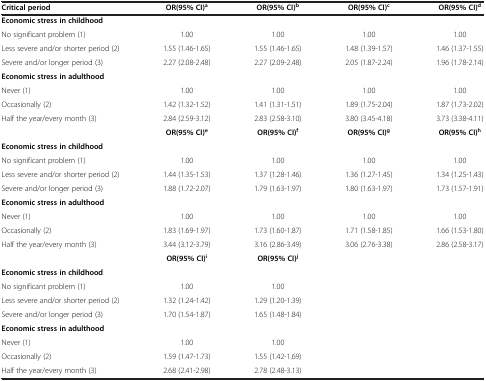
<table><thead><tr><td><b>Critical period</b></td><td><b>OR(95% CI)<sup>a</sup></b></td><td><b>OR(95% CI)<sup>b</sup></b></td><td><b>OR(95% CI)<sup>c</sup></b></td><td><b>OR(95% CI)<sup>d</sup></b></td></tr></thead><tbody><tr><td><b>Economic stress in childhood</b></td><td>[EMPTY_CELL]</td><td>[EMPTY_CELL]</td><td>[EMPTY_CELL]</td><td>[EMPTY_CELL]</td></tr><tr><td>No significant problem (1)</td><td>1.00</td><td>1.00</td><td>1.00</td><td>1.00</td></tr><tr><td>Less severe and/or shorter period (2)</td><td>1.55 (1.46-1.65)</td><td>1.55 (1.46-1.65)</td><td>1.48 (1.39-1.57)</td><td>1.46 (1.37-1.55)</td></tr><tr><td>Severe and/or longer period (3)</td><td>2.27 (2.08-2.48)</td><td>2.27 (2.09-2.48)</td><td>2.05 (1.87-2.24)</td><td>1.96 (1.78-2.14)</td></tr><tr><td><b>Economic stress in adulthood</b></td><td>[EMPTY_CELL]</td><td>[EMPTY_CELL]</td><td>[EMPTY_CELL]</td><td>[EMPTY_CELL]</td></tr><tr><td>Never (1)</td><td>1.00</td><td>1.00</td><td>1.00</td><td>1.00</td></tr><tr><td>Occasionally (2)</td><td>1.42 (1.32-1.52)</td><td>1.41 (1.31-1.51)</td><td>1.89 (1.75-2.04)</td><td>1.87 (1.73-2.02)</td></tr><tr><td>Half the year/every month (3)</td><td>2.84 (2.59-3.12)</td><td>2.83 (2.58-3.10)</td><td>3.80 (3.45-4.18)</td><td>3.73 (3.38-4.11)</td></tr><tr><td>[EMPTY_CELL]</td><td><b>OR(95% CI)</b><sup><b>e</b></sup></td><td><b>OR(95% CI)</b><sup><b>f</b></sup></td><td><b>OR(95% CI)</b><sup><b>g</b></sup></td><td><b>OR(95% CI)</b><sup><b>h</b></sup></td></tr><tr><td><b>Economic stress in childhood</b></td><td>[EMPTY_CELL]</td><td>[EMPTY_CELL]</td><td>[EMPTY_CELL]</td><td>[EMPTY_CELL]</td></tr><tr><td>No significant problem (1)</td><td>1.00</td><td>1.00</td><td>1.00</td><td>1.00</td></tr><tr><td>Less severe and/or shorter period (2)</td><td>1.44 (1.35-1.53)</td><td>1.37 (1.28-1.46)</td><td>1.36 (1.27-1.45)</td><td>1.34 (1.25-1.43)</td></tr><tr><td>Severe and/or longer period (3)</td><td>1.88 (1.72-2.07)</td><td>1.79 (1.63-1.97)</td><td>1.80 (1.63-1.97)</td><td>1.73 (1.57-1.91)</td></tr><tr><td><b>Economic stress in adulthood</b></td><td>[EMPTY_CELL]</td><td>[EMPTY_CELL]</td><td>[EMPTY_CELL]</td><td>[EMPTY_CELL]</td></tr><tr><td>Never (1)</td><td>1.00</td><td>1.00</td><td>1.00</td><td>1.00</td></tr><tr><td>Occasionally (2)</td><td>1.83 (1.69-1.97)</td><td>1.73 (1.60-1.87)</td><td>1.71 (1.58-1.85)</td><td>1.66 (1.53-1.80)</td></tr><tr><td>Half the year/every month (3)</td><td>3.44 (3.12-3.79)</td><td>3.16 (2.86-3.49)</td><td>3.06 (2.76-3.38)</td><td>2.86 (2.58-3.17)</td></tr><tr><td>[EMPTY_CELL]</td><td><b>OR(95% CI)</b><sup><b>i</b></sup></td><td><b>OR(95% CI)</b><sup><b>j</b></sup></td><td>[EMPTY_CELL]</td><td>[EMPTY_CELL]</td></tr><tr><td><b>Economic stress in childhood</b></td><td>[EMPTY_CELL]</td><td>[EMPTY_CELL]</td><td>[EMPTY_CELL]</td><td>[EMPTY_CELL]</td></tr><tr><td>No significant problem (1)</td><td>1.00</td><td>1.00</td><td>[EMPTY_CELL]</td><td>[EMPTY_CELL]</td></tr><tr><td>Less severe and/or shorter period (2)</td><td>1.32 (1.24-1.42)</td><td>1.29 (1.20-1.39)</td><td>[EMPTY_CELL]</td><td>[EMPTY_CELL]</td></tr><tr><td>Severe and/or longer period (3)</td><td>1.70 (1.54-1.87)</td><td>1.65 (1.48-1.84)</td><td>[EMPTY_CELL]</td><td>[EMPTY_CELL]</td></tr><tr><td><b>Economic stress in adulthood</b></td><td>[EMPTY_CELL]</td><td>[EMPTY_CELL]</td><td>[EMPTY_CELL]</td><td>[EMPTY_CELL]</td></tr><tr><td>Never (1)</td><td>1.00</td><td>1.00</td><td>[EMPTY_CELL]</td><td>[EMPTY_CELL]</td></tr><tr><td>Occasionally (2)</td><td>1.59 (1.47-1.73)</td><td>1.55 (1.42-1.69)</td><td>[EMPTY_CELL]</td><td>[EMPTY_CELL]</td></tr><tr><td>Half the year/every month (3)</td><td>2.68 (2.41-2.98)</td><td>2.78 (2.48-3.13)</td><td>[EMPTY_CELL]</td><td>[EMPTY_CELL]</td></tr></tbody></table>